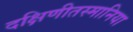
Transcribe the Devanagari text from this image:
दक्षिणीतस्मानिया